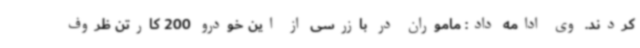
کردند. وی ادامه داد: ماموران در بازرسی از این خودرو 200 کارتن ظروف